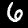
Label: 6